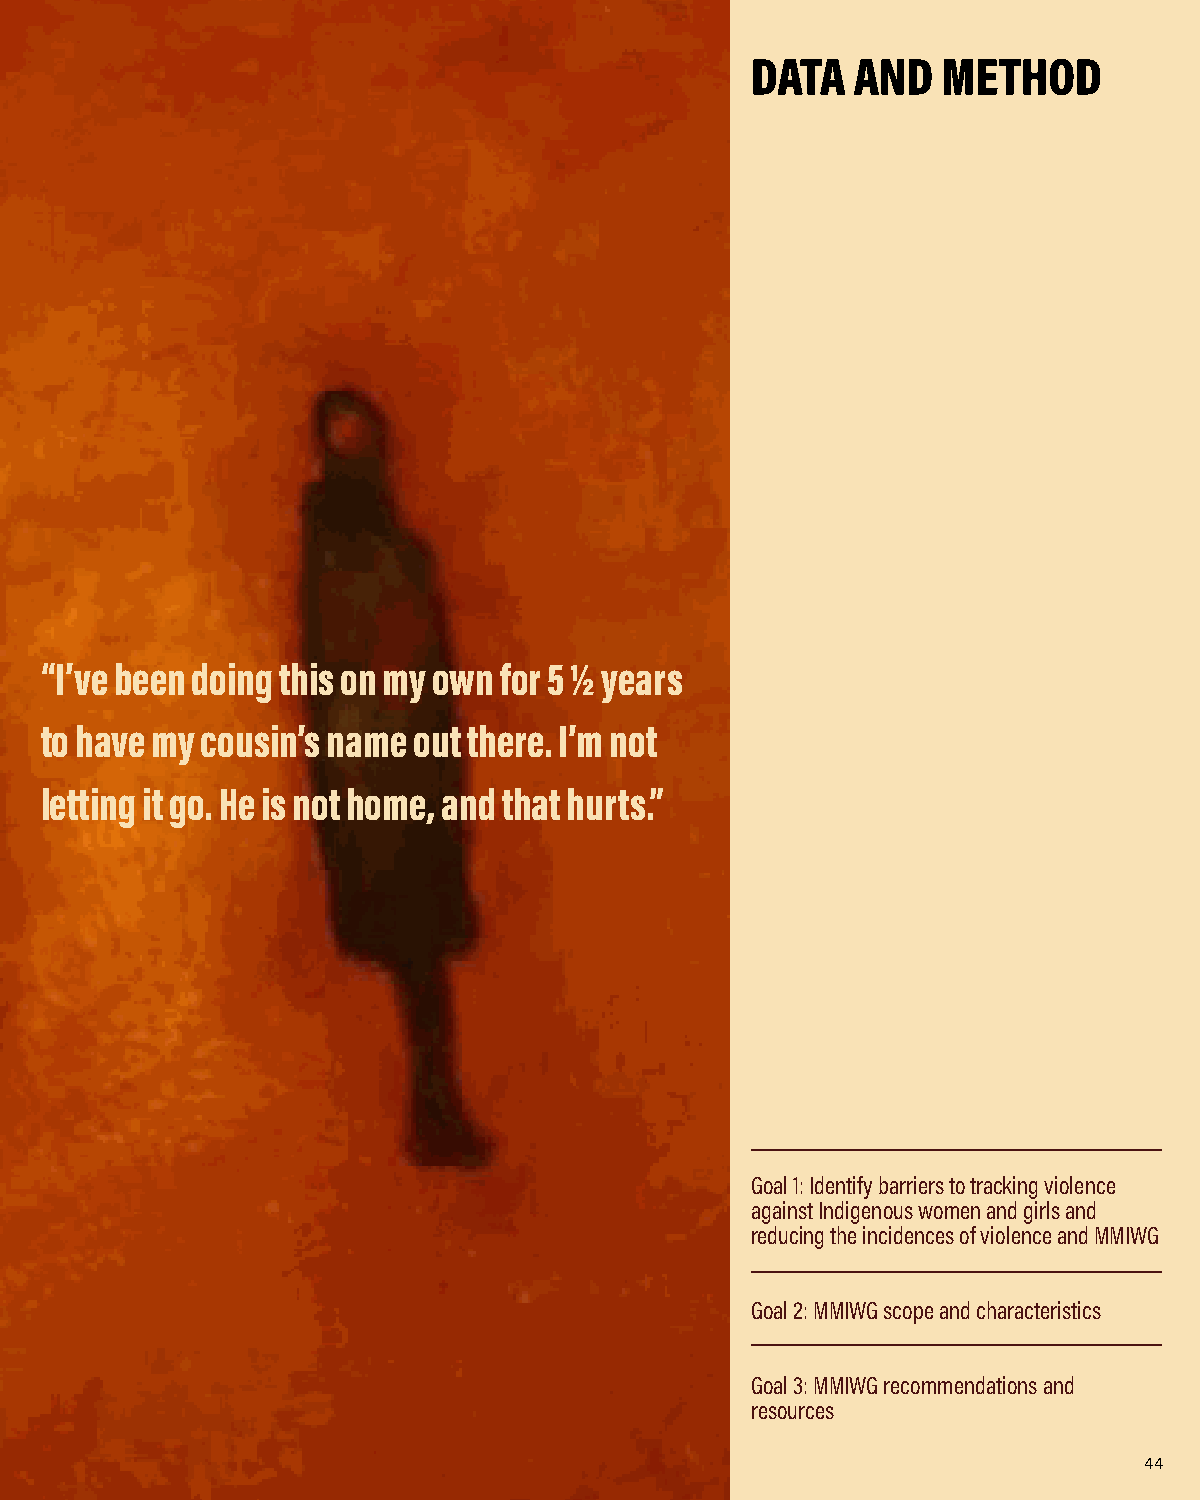
DATA   AND  METHOD
 “I’ve been doing this on my own for 5 ½ years
 to have my cousin’s name out there. I’m not
 letting it go. He is not home, and that hurts.”
 Goal 1: Identify barriers to tracking violence
 against Indigenous women and girls and
 reducing the incidences of violence and MMIWG
 Goal 2: MMIWG scope and characteristics
 Goal 3: MMIWG recommendations and
 resources
 44